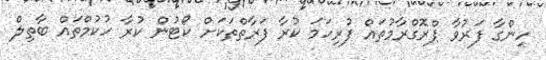
ހިންގާ ފަރުވާ ޕްރޮގްރާމުތައް ފުރިހަމަ ކުރާ ފަރާތްތަކަށް ކޯޓުން ކުރާ ހުކުމްތައް ބާތިލް